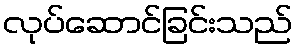
လုပ်ဆောင်ခြင်းသည်